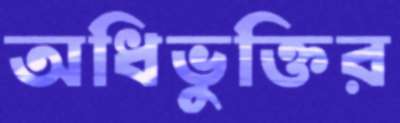
অধিভুক্তির